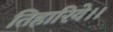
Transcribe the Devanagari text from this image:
तिहारिये।।